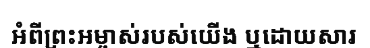
អំពីព្រះអម្ចាស់របស់យើង ឬដោយសារ